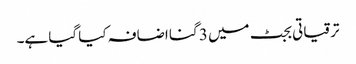
ترقیاتی بجٹ میں 3 گنا اضافہ کیا گیا ہے۔